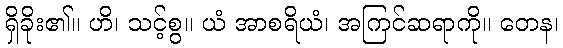
ရှိခိုး၏။ ဟိ၊ သင့်စွ။ ယံ အာစရိယံ၊ အကြင်ဆရာကို။ တေန၊